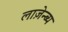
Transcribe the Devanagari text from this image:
लाज़ेन्ब्य